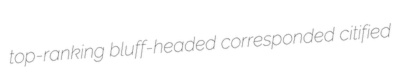
top-ranking bluff-headed corresponded citified